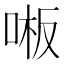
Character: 𫪒